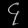
Digit: ၄